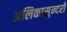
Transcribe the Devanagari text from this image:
अलिकासुन्दरो